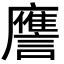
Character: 譍